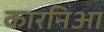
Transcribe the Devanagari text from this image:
कारनिआ